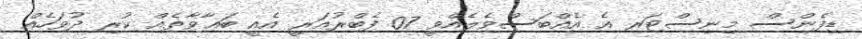
ޑިފެންސް މިނިސްޓަރ އެ އެއްބަސްވެލެއްވީ 07 ފެބްރުއަރީ އެއީ ބަޣާވާތެއް ކުރި ދުވަހެއް